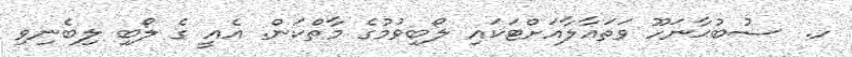
ހ.  ސުބުޙާނަހޫ ވަތަޢާލާއަށްޓަކައި ލޯބިވުމުގެ މާތްކަން. އެއީ ގެ ލޯބި ލިބެނިވި